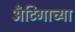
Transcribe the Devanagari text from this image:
अँटिगाच्या